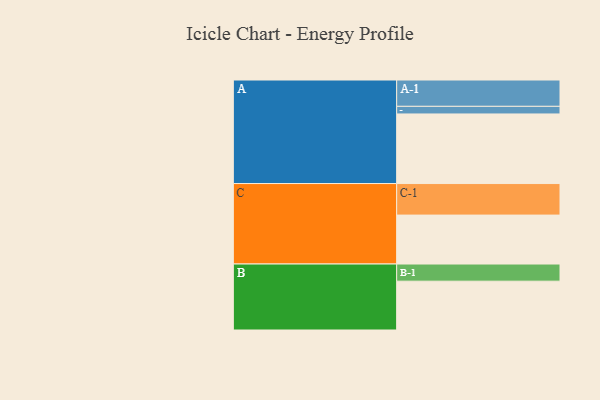
{"axis": {"x": "Segment", "y": "Value"}, "legend": ["", "A", "B", "C"], "data": [{"x": "A", "y": 576, "type": ""}, {"x": "B", "y": 404, "type": ""}, {"x": "C", "y": 405, "type": ""}, {"x": "A-1", "y": 218, "type": "A"}, {"x": "A-2", "y": 63, "type": "A"}, {"x": "B-1", "y": 142, "type": "B"}, {"x": "C-1", "y": 261, "type": "C"}]}